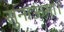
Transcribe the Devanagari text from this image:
सुनाऊंगा।